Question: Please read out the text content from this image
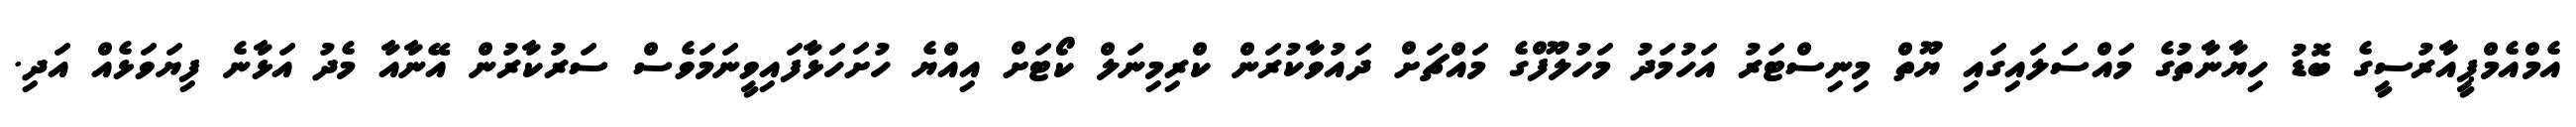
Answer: އެމްއެމްޕީއާރުސީގެ ބޮޑު ހިޔާނާތުގެ މައްސަލައިގައި ޔޫތް މިނިސްޓަރު އަހުމަދު މަހުލޫފްގެ މައްޗަށް ދައުވާކުރަން ކްރިމިނަލް ކޯޓަށް އިއްޔެ ހުށަހަޅާފައިވީނަމަވެސް ސަރުކާރުން އޭނާއާ މެދު އަޅާނެ ފިޔަވަޅެއް އަދި.